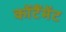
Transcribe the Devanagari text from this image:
कोंटैंमेंट